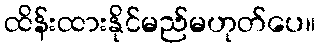
ထိန်းထားနိုင်မည်မဟုတ်ပေ။